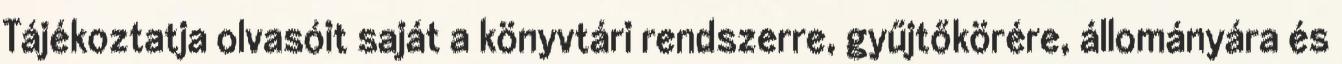
Tájékoztatja olvasóit saját a könyvtári rendszerre, gyűjtőkörére, állományára és